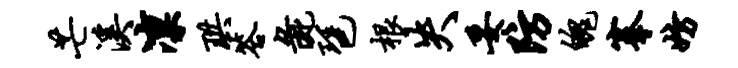
芒溪凛珙答彘琶根失妥防魄搴妨